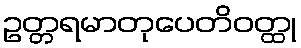
ဥတ္တရမာတုပေတိဝတ္ထု